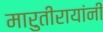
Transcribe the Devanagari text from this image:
मारुतीरायांनी